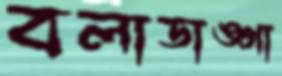
বলাডাঙ্গা